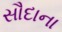
સૌદાના